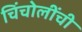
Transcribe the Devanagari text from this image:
चिंचोलींची